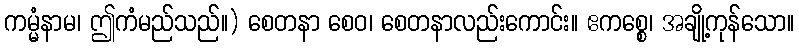
ကမ္မံနာမ၊ ဤကံမည်သည်။) စေတနာ စေဝ၊ စေတနာလည်းကောင်း။ ဧကစ္စေ၊ အချို့ကုန်သော။